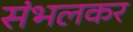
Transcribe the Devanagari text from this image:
संभलकर